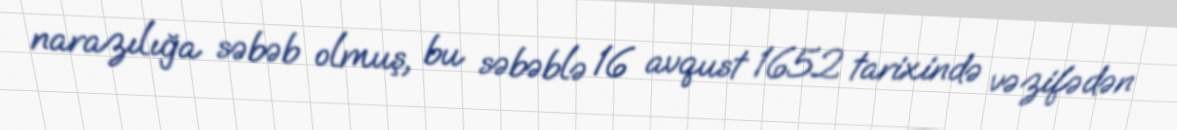
narazılığa səbəb olmuş, bu səbəblə 16 avqust 1652 tarixində vəzifədən